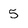
Character: 5